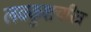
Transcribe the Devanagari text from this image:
लवकुशचरित्र